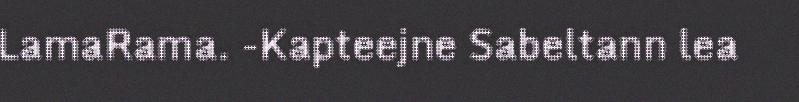
LamaRama. -Kapteejne Sabeltann lea